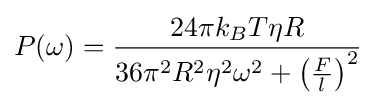
P(\omega )={\frac {24\pi k_{B}T\eta R}{36\pi ^{2}R^{2}\eta ^{2}\omega ^{2}+\left({\frac {F}{l}}\right)^{2}}}